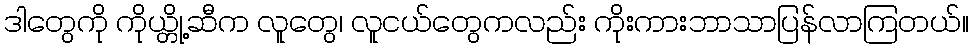
ဒါတွေကို ကိုယ္တို့ဆီက လူတွေ၊ လူငယ်တွေကလည်း ကိုးကားဘာသာပြန်လာကြတယ်။